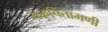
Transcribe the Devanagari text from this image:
भक्तचिंतामणी